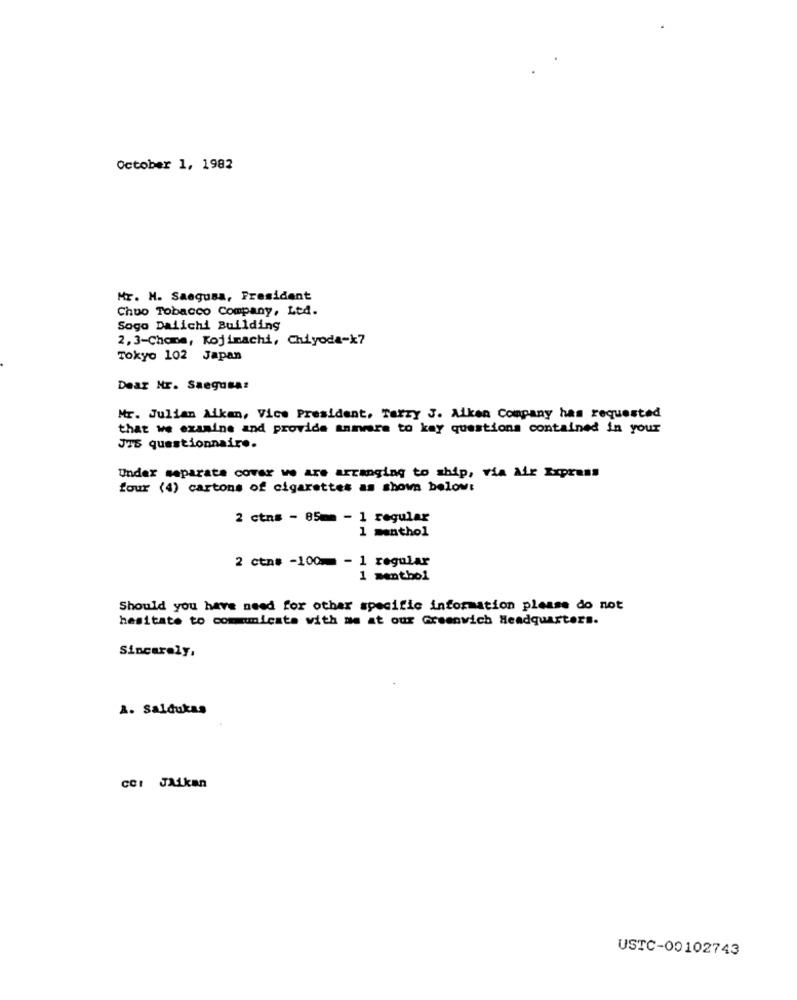
October 1, 1982
Mr. M. Saogusa, President
Chuo Tobacco Company, Ltd.
Sogo Dalichi Building
2,3-Chana, Kojimachi, Chiyoda-k7
Tokyo 102 Japan
Dear Mr. Saegusa:
Mr. Julian Alkan, Vice President, Tarzy J. Aiken Company has requested
that we examine and provide animare to kay questions contained in your
JTS questionnaire.
Under separate cover we are arranging to ship, via Air Express
four (4) cartons of cigarettes as shown below:
2 ctns - 85mm - 1 regular
1 menthol
2 ctn# -100 - 1 regular
1 menthol
Should you have need for othar specific information please do not
hesitate to communicate with me at our Greenwich Headquarters.
Sincerely,
A. Saldukaş
CCI JALkan
USTC-00102743